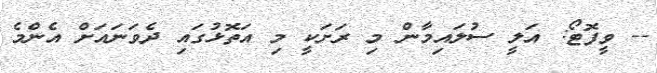
-- ވީފޮޓޯ: އަލީ ސުލައިމާން މި ރަށަކީ މި އަތޮޅުގައި ދެވަނައަށް އެންމެ